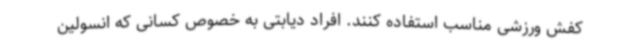
کفش ورزشی مناسب استفاده کنند. افراد دیابتی به خصوص کسانی که انسولین